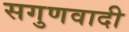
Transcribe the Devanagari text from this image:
सगुणवादी